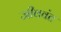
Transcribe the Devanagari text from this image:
जीववंत